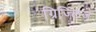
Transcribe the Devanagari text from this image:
ग्रिज्लिज